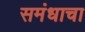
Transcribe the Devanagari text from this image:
समंधाचा